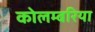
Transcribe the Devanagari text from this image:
कोलम्बरिया